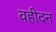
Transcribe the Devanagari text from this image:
वहीदन